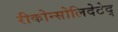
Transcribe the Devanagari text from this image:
रीकोन्सोलिदेटेद्